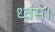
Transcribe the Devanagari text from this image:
ध्वंस।